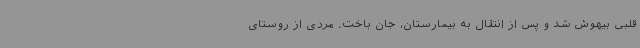
قلبی بیهوش شد و پس از انتقال به بیمارستان، جان باخت. مردی از روستای